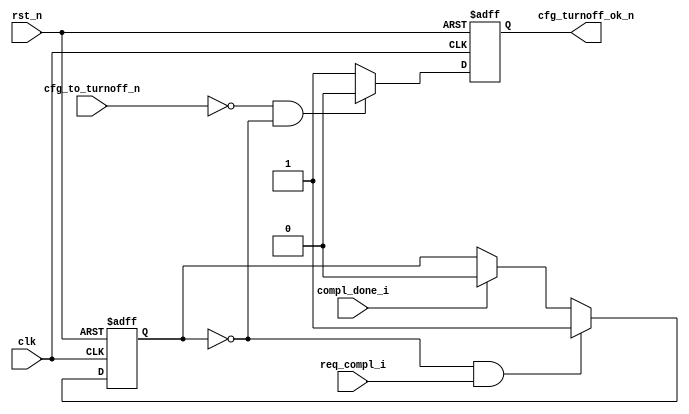
// DISCLAIMER OF LIABILITY
//
// This text/file contains proprietary, confidential
// information of Xilinx, Inc., is distributed under license
// from Xilinx, Inc., and may be used, copied and/or
// disclosed only pursuant to the terms of a valid license
// agreement with Xilinx, Inc. Xilinx hereby grants you
// a license to use this text/file solely for design, simulation,
// implementation and creation of design files limited
// to Xilinx devices or technologies. Use with non-Xilinx
// devices or technologies is expressly prohibited and
// immediately terminates your license unless covered by
// a separate agreement.
//
// Xilinx is providing this design, code, or information
// "as is" solely for use in developing programs and
// solutions for Xilinx devices. By providing this design,
// code, or information as one possible implementation of
// this feature, application or standard, Xilinx is making no
// representation that this implementation is free from any
// claims of infringement. You are responsible for
// obtaining any rights you may require for your implementation.
// Xilinx expressly disclaims any warranty whatsoever with
// respect to the adequacy of the implementation, including
// but not limited to any warranties or representations that this
// implementation is free from claims of infringement, implied
// warranties of merchantability or fitness for a particular
// purpose.
//
// Xilinx products are not intended for use in life support
// appliances, devices, or systems. Use in such applications are
// expressly prohibited.
//
//
// Copyright (c) 2001, 2002, 2003, 2004, 2005, 2007 Xilinx, Inc. All rights reserved.
//
// This copyright and support notice must be retained as part
// of this text at all times.
//-- Filename: PIO_TO_CTRL.v
//--
//-- Description: Turn-off Control Unit.
//--
//--------------------------------------------------------------------------------

`timescale 1ns/1ns

module PIO_TO_CTRL    (

                        clk,
                        rst_n,

                        req_compl_i,
                        compl_done_i,

                        cfg_to_turnoff_n,
                        cfg_turnoff_ok_n

                        );

    input               clk;
    input               rst_n;

    input               req_compl_i;
    input               compl_done_i;

    input               cfg_to_turnoff_n;
    output              cfg_turnoff_ok_n;

    reg                 trn_pending;
    reg                 cfg_turnoff_ok_n;


    /*
     *  Check if completion is pending
     */

    always @ ( posedge clk or negedge rst_n ) begin

        if (!rst_n ) begin

          trn_pending <= 0;

        end else begin

          if (!trn_pending && req_compl_i)

            trn_pending <= 1'b1;

          else if (compl_done_i)

            trn_pending <= 1'b0;

        end

    end

    /*
     *  Turn-off OK if requested and no transaction is pending
     */

     always @ ( posedge clk or negedge rst_n ) begin

      if (!rst_n ) begin

        cfg_turnoff_ok_n <= 1'b1;

      end else begin

        if ( !cfg_to_turnoff_n  && !trn_pending)
          cfg_turnoff_ok_n <= 1'b0;
        else
          cfg_turnoff_ok_n <= 1'b1;

      end

    end


endmodule // PIO_TO_CTRL